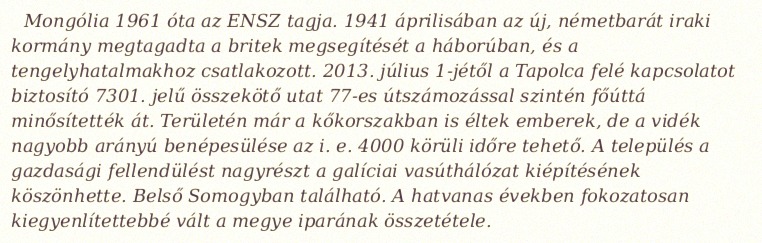
Mongólia 1961 óta az ENSZ tagja. 1941 áprilisában az új, németbarát iraki kormány megtagadta a britek megsegítését a háborúban, és a tengelyhatalmakhoz csatlakozott. 2013. július 1-jétől a Tapolca felé kapcsolatot biztosító 7301. jelű összekötő utat 77-es útszámozással szintén főúttá minősítették át. Területén már a kőkorszakban is éltek emberek, de a vidék nagyobb arányú benépesülése az i. e. 4000 körüli időre tehető. A település a gazdasági fellendülést nagyrészt a galíciai vasúthálózat kiépítésének köszönhette. Belső Somogyban található. A hatvanas években fokozatosan kiegyenlítettebbé vált a megye iparának összetétele.